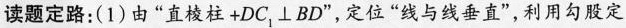
读题定路：(1)由”直棱柱+DC_{1}⊥BD”，定位”线与线垂直”，利用勾股定